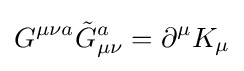
G^{\mu \nu a}{\tilde {G}}_{\mu \nu }^{a}=\partial ^{\mu }K_{\mu }